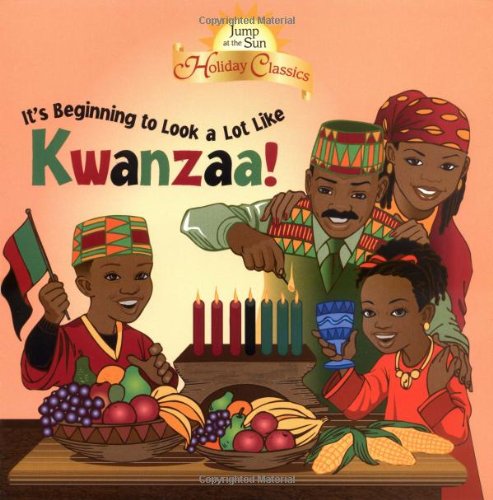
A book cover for Jump at the Sun: It's Beginning to Look a Lot Like Kwanzaa! - Holiday Classics (Jump at the Sun Holiday Classics); Rex Perry; Children's Books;